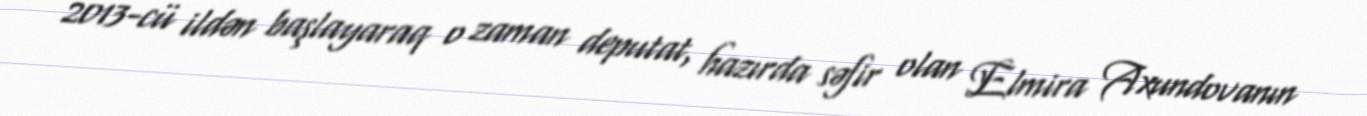
2013-cü ildən başlayaraq o zaman deputat, hazırda səfir olan Elmira Axundovanın